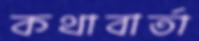
কথাবার্তা